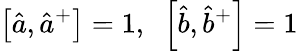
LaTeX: \left[{\hat{a}},{\hat{a}}^{+}\right]=1,\; \; \left[{\hat{b}},{\hat{b}}^{+}\right]=1